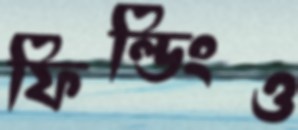
ফিল্ডিংও